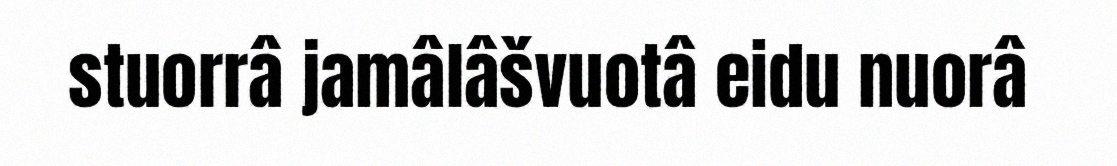
stuorrâ jamâlâšvuotâ eidu nuorâ